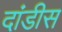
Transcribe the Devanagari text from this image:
दांडीस